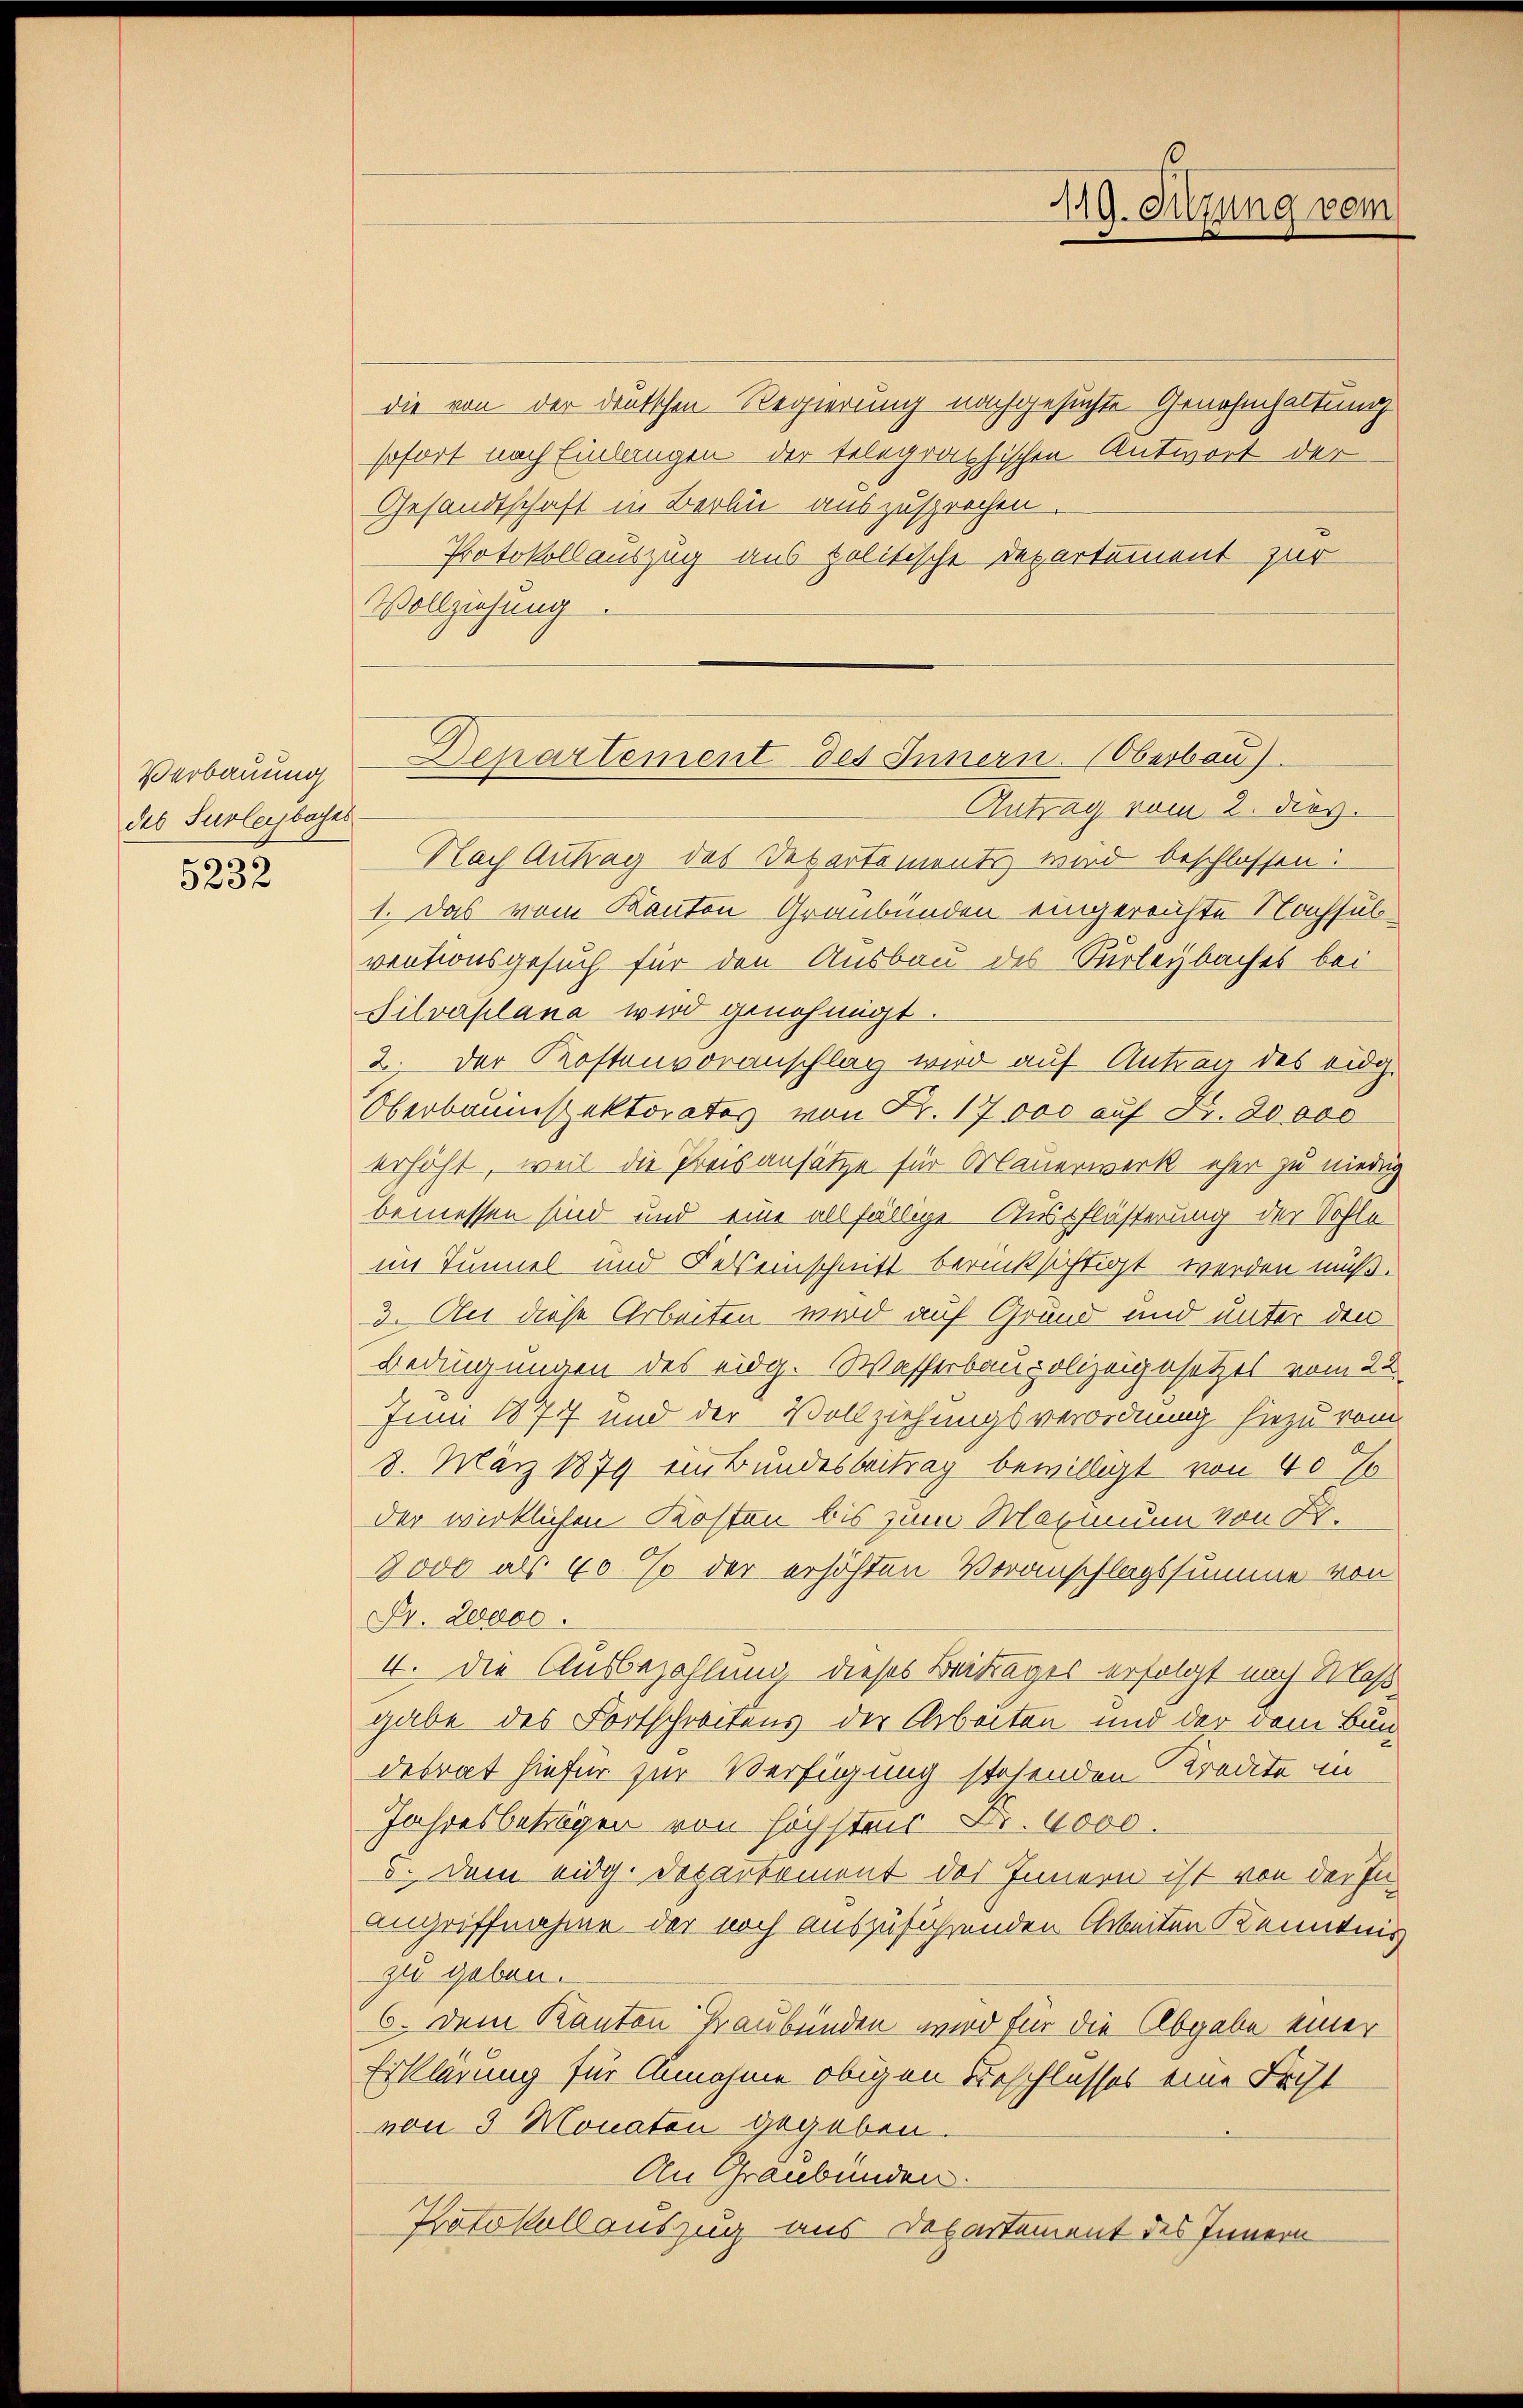
Verbauung
des Surleybaches
5232

119. Sitzung vom

die von der deutschen Regierung nachgesuchte Genehmhaltung
sofort nach Einlangen der telegraphischen Antwort der
Gesandtschaft in Berbe auszusprochen.
Protokollauszug aus politische Departement zur
Vollziehung

Dchartement des Innern (Oberbau

Antrag vom 2. dies
Nach Antrag des Departements wird beschlossen:
1. Das vom Kanton Graubünden eingereichte Nachsulventionsgesuch für den Ausbau des Surleybaches bei
Silvaplana wird genehmigt.
2. Der Kostenvoranschlag wird auf Antrag des eidg.
Oberbauinspektorates von Fr. 17000 auf Fr. 20000
erhöht, weil die Preisansätze für Mauerwerk eher zu niedrig
bemessen sind und eine allfällige Auspflästerung der Sohle
im Tunnel und Felseinschnitt berücksichtigt werden muß.
3. An diese Arbeiten wird auf Grund und unter den
Bedingungen des eidg. Wasserbaupolizeigesetzes vom 22.
Juni 1877 und der Vollziehungsverordnung hiezu vom
8. März 1879 ein Bundesbeitrag bewilligt von 40 %
der wirklichen Kosten bis zum Maximum von Fr.
8000 als 60 % der erhöhten Veranschlagssumme von
Dr. Leod.
4. Die Ausbezahlung, dieses Beitrages erfolgt nach Maßgabe des Fortschreitens der Arbeiten und der dem Bundebrat hiefür zur Verfügung stehenden Kredite in
Jahresbeträgen von höchstens Fr. 4000.
5. Dem eidg. Departement des Innern ist von der In¬
Angriffnahme der noch auszuführenden Arbeiten Kenntnis
zu geben.
6. Dem Kanton Graubünden wird für die Abgabe einer
Erklärung für Annahme obigen Beschlusses eine Fecht
von 3 Monaten gegeben.
An Graubünden.
Protokollauszug aus Departement des Innern